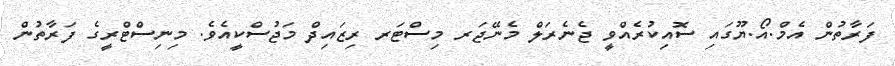
ފަރާތުން އެމް.އޯ.ޔޫގައި ސޮއިކުރެއްވީ ޖެނެރަލް މެނޭޖަރ މިސްޓަރ ރިޒައިދް މަޖުސްކީއެވެ. މިނިސްޓްރީގެ ފަރާތުން